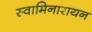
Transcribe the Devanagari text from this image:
स्वामिनारायन